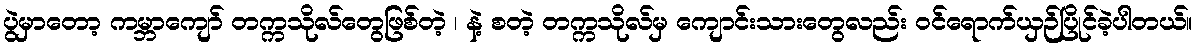
ပွဲမှာတော့ ကမ္ဘာကျော် တက္ကသိုလ်တွေဖြစ်တဲ့ ၊ နဲ့ စတဲ့ တက္ကသိုလ်မှ ကျောင်းသားတွေလည်း ဝင်ရောက်ယှဉ်ပြိုင်ခဲ့ပါတယ်။